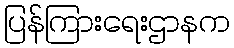
ပြန်ကြားရေးဌာနက